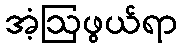
အံ့ဩဖွယ်ရာ